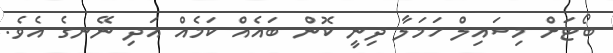
ބޯޓަށް މިސައިލް ހަމަލާ ދިނީ ކޮން ބައެއް ކަމެއް އަދި ނޭނގެ އެވެ.